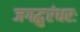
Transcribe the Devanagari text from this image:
जगद्धुरंधरः